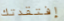
إفتقدتك